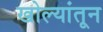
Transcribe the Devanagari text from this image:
खोल्यांतून